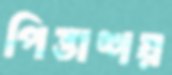
পিত্তাশয়